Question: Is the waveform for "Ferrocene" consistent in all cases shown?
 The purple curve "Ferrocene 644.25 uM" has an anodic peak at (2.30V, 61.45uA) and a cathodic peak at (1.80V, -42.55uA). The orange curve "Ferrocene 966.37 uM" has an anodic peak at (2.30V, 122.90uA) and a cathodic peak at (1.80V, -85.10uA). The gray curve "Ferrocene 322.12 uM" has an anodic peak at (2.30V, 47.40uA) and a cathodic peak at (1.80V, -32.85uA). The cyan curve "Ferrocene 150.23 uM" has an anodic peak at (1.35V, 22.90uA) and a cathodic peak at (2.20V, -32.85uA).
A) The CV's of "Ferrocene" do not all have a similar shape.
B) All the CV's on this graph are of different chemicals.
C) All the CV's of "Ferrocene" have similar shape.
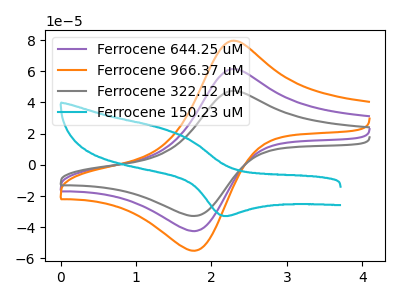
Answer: <think>All the peaks in "Ferrocene 644.25 uM" have a peak in "Ferrocene 966.37 uM" at the same potential. Every peak in "Ferrocene 644.25 uM" is lower than every peak in "Ferrocene 966.37 uM". All the peaks in "Ferrocene 644.25 uM" have a peak in "Ferrocene 322.12 uM" at the same potential. Every peak in "Ferrocene 644.25 uM" is higher than every peak in "Ferrocene 322.12 uM". "Ferrocene 644.25 uM" and "Ferrocene 150.23 uM" have at least one peak that do not match. All the peaks in "Ferrocene 966.37 uM" have a peak in "Ferrocene 322.12 uM" at the same potential. Every peak in "Ferrocene 966.37 uM" is higher than every peak in "Ferrocene 322.12 uM". "Ferrocene 966.37 uM" and "Ferrocene 150.23 uM" have at least one peak that do not match. "Ferrocene 322.12 uM" and "Ferrocene 150.23 uM" have at least one peak that do not match.
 </think>
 <answer>C) All the CV's of "Ferrocene" have similar shape.</answer>
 <eval>C</eval>